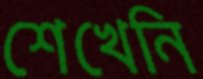
শেখেনি